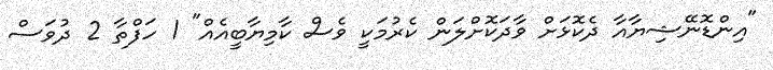
"އިންޑޮނޭޝިޔާއާ ދެކޮޅަށް ވާދަކޮށްލަން ކެރުމަކީ ވެސް ކާމިޔާބީއެއް" 1 ހަފްތާ 2 ދުވަސް